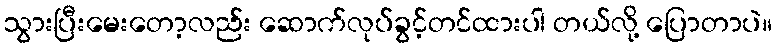
သွားပြီးမေးတော့လည်း ဆောက်လုပ်ခွင့်တင်ထားပါ တယ်လို့ ပြောတာပဲ။